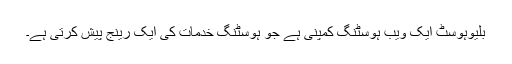
بلیوہوسٹ ایک ویب ہوسٹنگ کمپنی ہے جو ہوسٹنگ خدمات کی ایک رینج پیش کرتی ہے۔